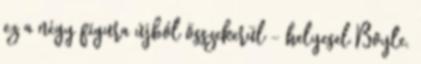
ez a négy figura újból összekerül – helyesel Boyle.